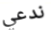
ندعي